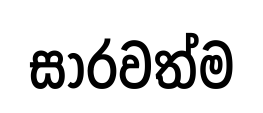
සාරවත්ම